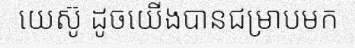
យេស៊ូ ដូចយើងបានជម្រាបមក